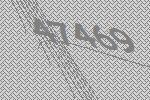
47469